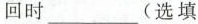
回时___(选填